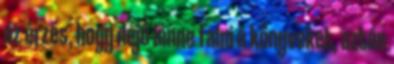
az érzés, hogy dejó lenne falni a könyveket, aztán